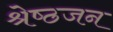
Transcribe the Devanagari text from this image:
श्रेष्‍ठजन